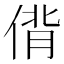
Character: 偝